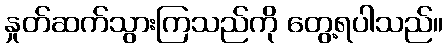
နှုတ်ဆက်သွားကြသည်ကို တွေ့ရပါသည်။